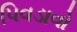
પિવડાવો